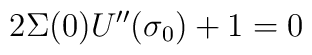
2 \Sigma(0) U^{\prime\prime} (\sigma_0) + 1 = 0